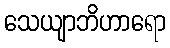
သေယျာဘိဟာရော